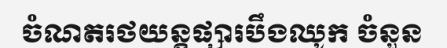
ចំណតរថយន្តផ្សារបឹងឈូក ចំនួន